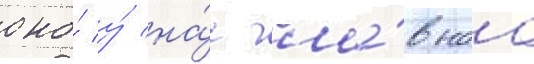
оно́ у́ на́с гла́внаа